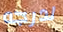
لدرجه